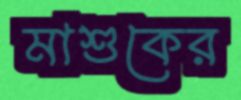
মাশুকের